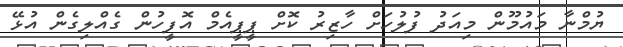
ޔުމްނާ މައުމޫން މިއަދު ފުލުހަށް ހާޒިރު ކޮށް ޕީޕީއެމް އޮފީހުން ގެއްލިގެން އުޅޭ